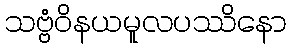
သဗ္ဗံဝိနယမူလပဿိနော